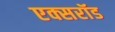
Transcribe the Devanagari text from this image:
एक्सरॉड